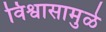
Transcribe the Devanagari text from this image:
विश्वासामुळे